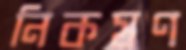
নিকষণ